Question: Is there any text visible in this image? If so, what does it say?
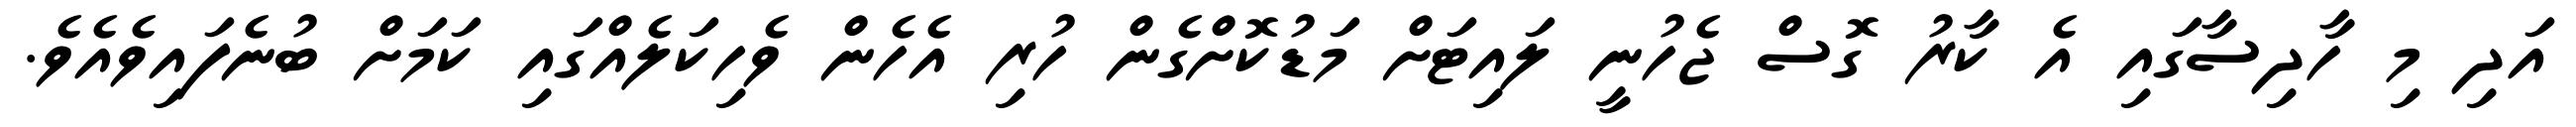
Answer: އަދި މި ހާދިސާގައި އެ ކާރު ގޮސް ޖެހުނީ ލައިޓަށް މަޑުކޮށްގެން ހުރި އެހެން ވެހިކަލެއްގައި ކަމަށް ބުނެފައިވެއެވެ.